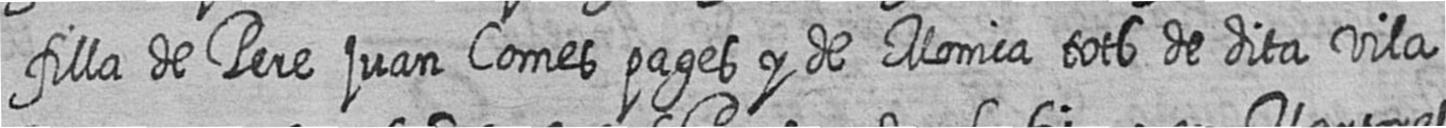
filla de Pere juan Comes pages y de Monica tots de dita vila